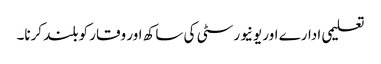
تعلیمی ادارے اور یونیورسٹی کی ساکھ اور وقار کو بلند کرنا۔